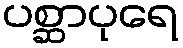
ပစ္ဆာပုရေ